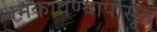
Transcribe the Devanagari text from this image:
धमकावण्यापासून